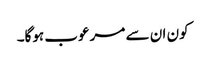
کون ان سے مرعوب ہوگا۔